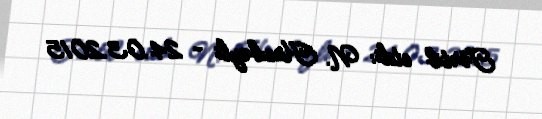
Tərtib etdi: N. Hacıbəyli - 24.03.2015